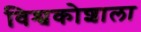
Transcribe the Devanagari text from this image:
विश्वकोशाला